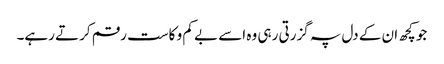
جو کچھ ان کے دل پہ گزرتی رہی وہ اسے بے کم و کاست رقم کرتے رہے۔